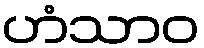
ဟံသာဝ